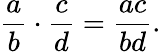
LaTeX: {\frac{a}{b}}\cdot{\frac{c}{d}}={\frac{ac}{bd}}.